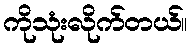
ကိုသုံးလိုက်တယ်။